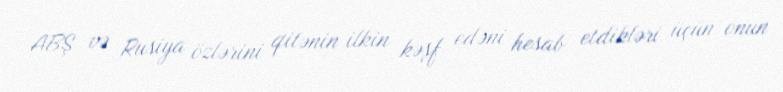
ABŞ və Rusiya özlərini qitənin ilkin kəşf edəni hesab etdikləri üçün onun